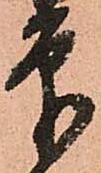
印